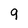
Character: 9